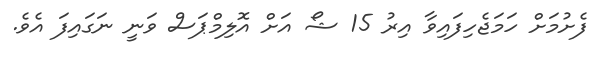
ފެށުމަށް ހަމަޖެހިފައިވާ އިރު 15 ޝޯ އަށް އޮލިމްޕަސް ވަނީ ނަގައިފަ އެވެ.